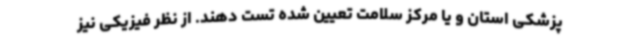
پزشکی استان و یا مرکز سلامت تعیین شده تست دهند. از نظر فیزیکی نیز